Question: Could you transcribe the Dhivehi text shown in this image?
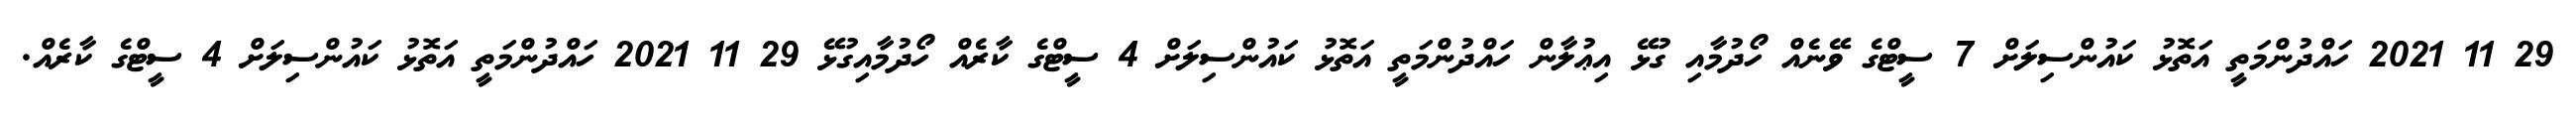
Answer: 29 11 2021 ހައްދުންމަތީ އަތޮޅު ކައުންސިލަށް 7 ސީޓްގެ ވޭނެއް ހޯދުމާއި ގުޅޭ އިޢުލާން ހައްދުންމަތީ އަތޮޅު ކައުންސިލަށް 4 ސީޓްގެ ކާރެއް ހޯދުމާއިގުޅޭ 29 11 2021 ހައްދުންމަތީ އަތޮޅު ކައުންސިލަށް 4 ސީޓްގެ ކާރެއް.